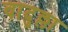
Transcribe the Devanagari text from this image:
वादुल्ला